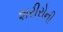
શરીરોની